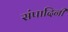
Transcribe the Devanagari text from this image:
संपादिनी